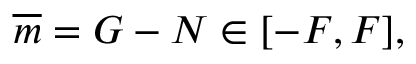
\begin{array} { r } { \overline { { m } } = G - N \in [ - F , F ] , } \end{array}